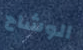
الوشاح